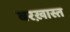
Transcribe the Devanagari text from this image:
बरख़ास्त